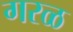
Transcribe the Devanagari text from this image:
गरळ